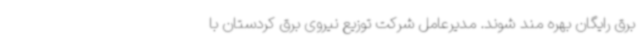
برق رایگان بهره مند شوند. مدیرعامل شرکت توزیع نیروی برق کردستان با